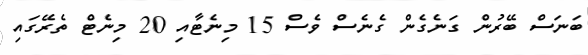
ބަނަސް ބޭރުން ގަނެގެން ގެނެސް ވެސް 15 މިނެޓާއި 20 މިނެޓް ތެރޭގައި